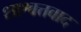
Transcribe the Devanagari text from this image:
शाश्वत्तवाद